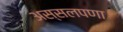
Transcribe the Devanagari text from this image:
अस्सलपणा